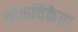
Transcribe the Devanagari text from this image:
थोकविक्रेता